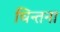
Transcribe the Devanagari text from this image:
चिन्तना